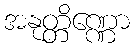
အနုတ္တိဏ္ဏော